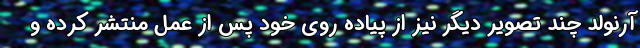
آرنولد چند تصویر دیگر نیز از پیاده روی خود پس از عمل منتشر کرده و